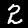
Label: 2